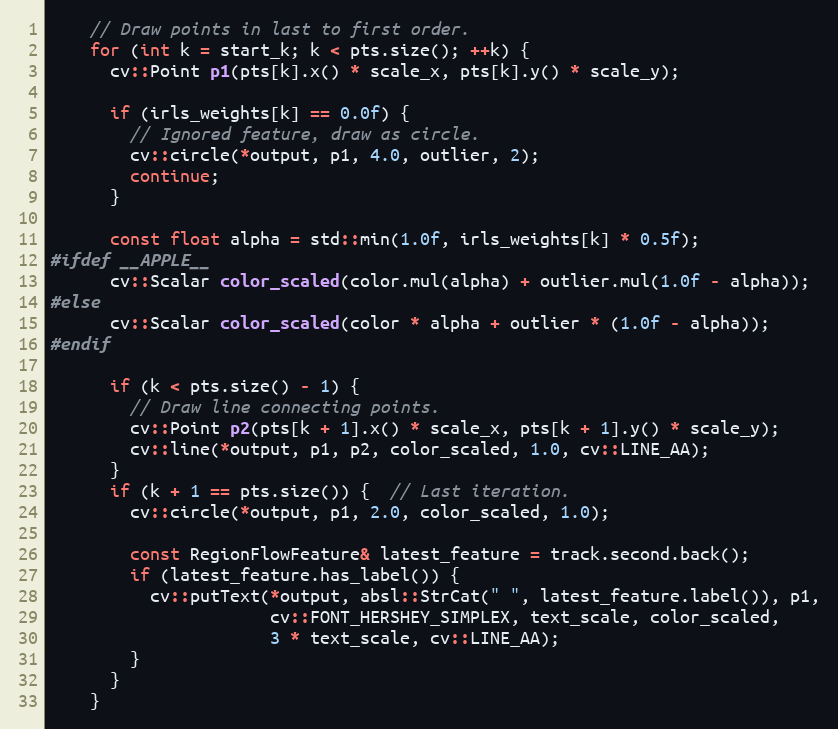
Language: C++
    // Draw points in last to first order.
    for (int k = start_k; k < pts.size(); ++k) {
      cv::Point p1(pts[k].x() * scale_x, pts[k].y() * scale_y);

      if (irls_weights[k] == 0.0f) {
        // Ignored feature, draw as circle.
        cv::circle(*output, p1, 4.0, outlier, 2);
        continue;
      }

      const float alpha = std::min(1.0f, irls_weights[k] * 0.5f);
#ifdef __APPLE__
      cv::Scalar color_scaled(color.mul(alpha) + outlier.mul(1.0f - alpha));
#else
      cv::Scalar color_scaled(color * alpha + outlier * (1.0f - alpha));
#endif

      if (k < pts.size() - 1) {
        // Draw line connecting points.
        cv::Point p2(pts[k + 1].x() * scale_x, pts[k + 1].y() * scale_y);
        cv::line(*output, p1, p2, color_scaled, 1.0, cv::LINE_AA);
      }
      if (k + 1 == pts.size()) {  // Last iteration.
        cv::circle(*output, p1, 2.0, color_scaled, 1.0);

        const RegionFlowFeature& latest_feature = track.second.back();
        if (latest_feature.has_label()) {
          cv::putText(*output, absl::StrCat(" ", latest_feature.label()), p1,
                      cv::FONT_HERSHEY_SIMPLEX, text_scale, color_scaled,
                      3 * text_scale, cv::LINE_AA);
        }
      }
    }